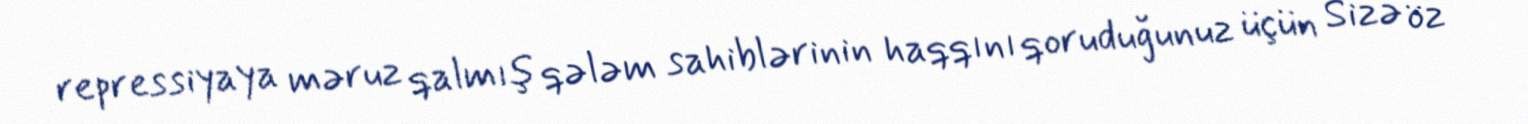
repressiyaya məruz qalmış qələm sahiblərinin haqqını qoruduğunuz üçün Sizə öz